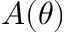
A ( \theta )